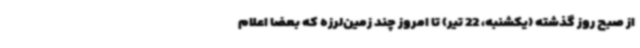
از صبح روز گذشته (یکشنبه، 22 تیر) تا امروز چند زمین‌لرزه که بعضا اعلام